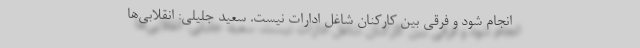
انجام شود و فرقی بین کارکنان شاغل ادارات نیست. سعید جلیلی: انقلابی‌ها